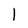
Character: 1